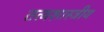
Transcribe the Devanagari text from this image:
तत्वशास्त्रीय